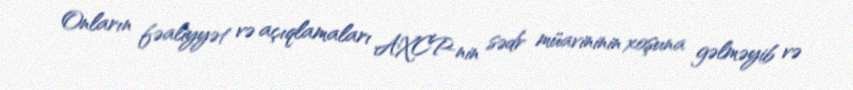
Onların fəaliyyət və açıqlamaları AXCP-nin sədr müavininin xoşuna gəlməyib və